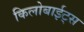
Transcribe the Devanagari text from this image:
किलोबाईट्स